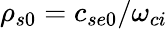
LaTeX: \rho_{s0}=c_{se0}/\omega_{ci}